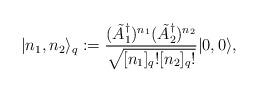
LaTeX: \begin{align*} \vert n_1,n_2\rangle_q := \frac{(\tilde A_1^\dagger)^{n_1}(\tilde A_2^\dagger)^{n_2}}{\sqrt{[n_1]_q ![n_2]_q !}}\vert 0,0\rangle, \end{align*}